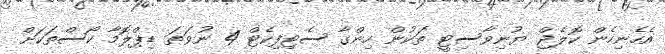
އެހެނިހެން ކޮލެޖް ޔުނިވާސިޓީ ތަކުން ހިންގާ ސެޓިފިކެޓް 4 ނުވަތަ ޑިޕްލޮމާ ކޯސްތަކަށް